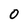
Character: 0